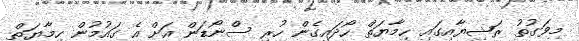
މިވަގުތު ރަޝިޔާއިގައި ހިމާޔަތް ހޯދައިގެން ހުރި ސްނޯޑަން އަށް އެ ގައުމުން ހިމާޔަތް